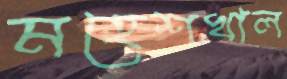
মহেশখাল